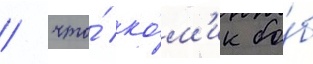
/ что́ ко́м'ик бо́б